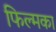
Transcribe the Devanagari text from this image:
फिल्मका